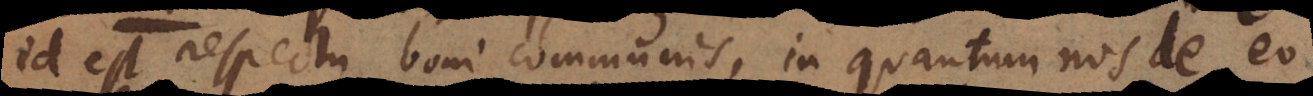
id est respectu boni communis, in quantum nos de eo